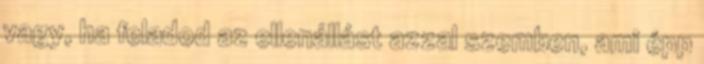
vagy, ha feladod az ellenállást azzal szemben, ami épp